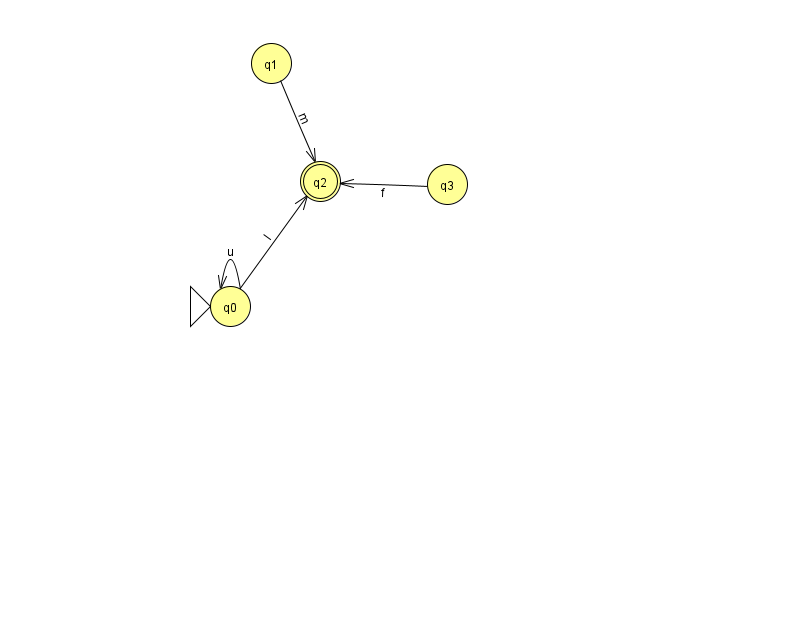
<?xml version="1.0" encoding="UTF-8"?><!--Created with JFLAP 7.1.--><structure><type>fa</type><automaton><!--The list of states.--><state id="0" name="q0"><x>230.0</x><y>293.0</y><initial/></state><state id="1" name="q1"><x>271.0</x><y>50.0</y></state><state id="2" name="q2"><x>320.0</x><y>168.0</y><final/></state><state id="3" name="q3"><x>447.0</x><y>171.0</y></state><!--The list of transitions.--><transition><from>0</from><to>0</to><read>u</read></transition><transition><from>3</from><to>2</to><read>f</read></transition><transition><from>0</from><to>2</to><read>l</read></transition><transition><from>1</from><to>2</to><read>m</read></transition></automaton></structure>